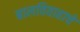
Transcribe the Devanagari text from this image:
बालविवाहाचे